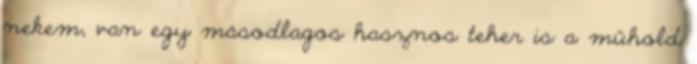
nekem, van egy másodlagos hasznos teher is a műhold